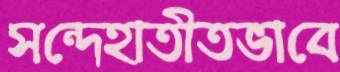
সন্দেহাতীতভাবে